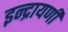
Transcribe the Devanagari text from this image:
इन्द्रायणी